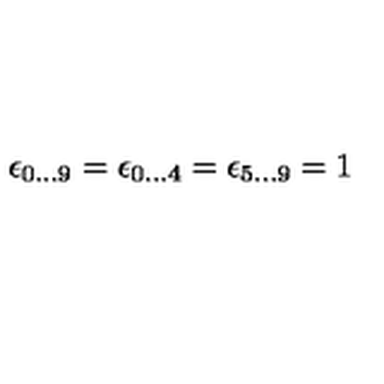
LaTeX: \epsilon _ { 0 \ldots 9 } = \epsilon _ { 0 \ldots 4 } = \epsilon _ { 5 \ldots 9 } = 1